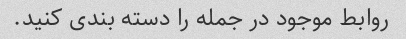
روابط موجود در جمله را دسته بندی کنید.